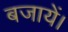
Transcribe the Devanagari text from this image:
बजायें।